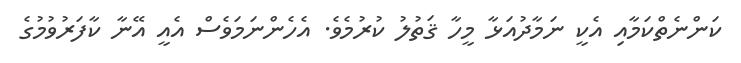
ކަންނެތްކަމާއި އެކީ ނަމާދުއަޅާ މީހާ ޤަތުލު ކުރުމެވެ. އެހެންނަމަވެސް އެއީ އޭނާ ކާފަރުވުމުގެ